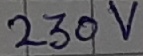
Text: 230V